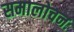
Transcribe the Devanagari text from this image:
समालोचनः